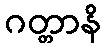
ဂတ္တာနိ